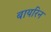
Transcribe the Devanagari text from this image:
बायरिन